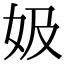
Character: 㚫